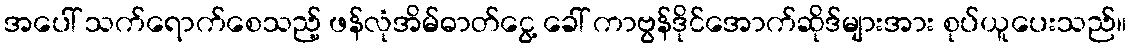
အပေါ် သက်ရောက်စေသည့် ဖန်လုံအိမ်ဓာတ်ငွေ့ ခေါ် ကာဗွန်ဒိုင်အောက်ဆိုဒ်များအား စုပ်ယူပေးသည်။